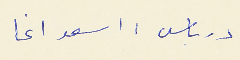
درباس : اسعد اغا